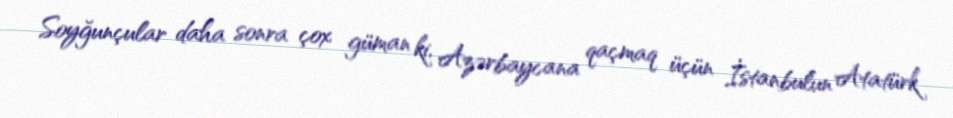
Soyğunçular daha sonra çox güman ki, Azərbaycana qaçmaq üçün İstanbulun Atatürk